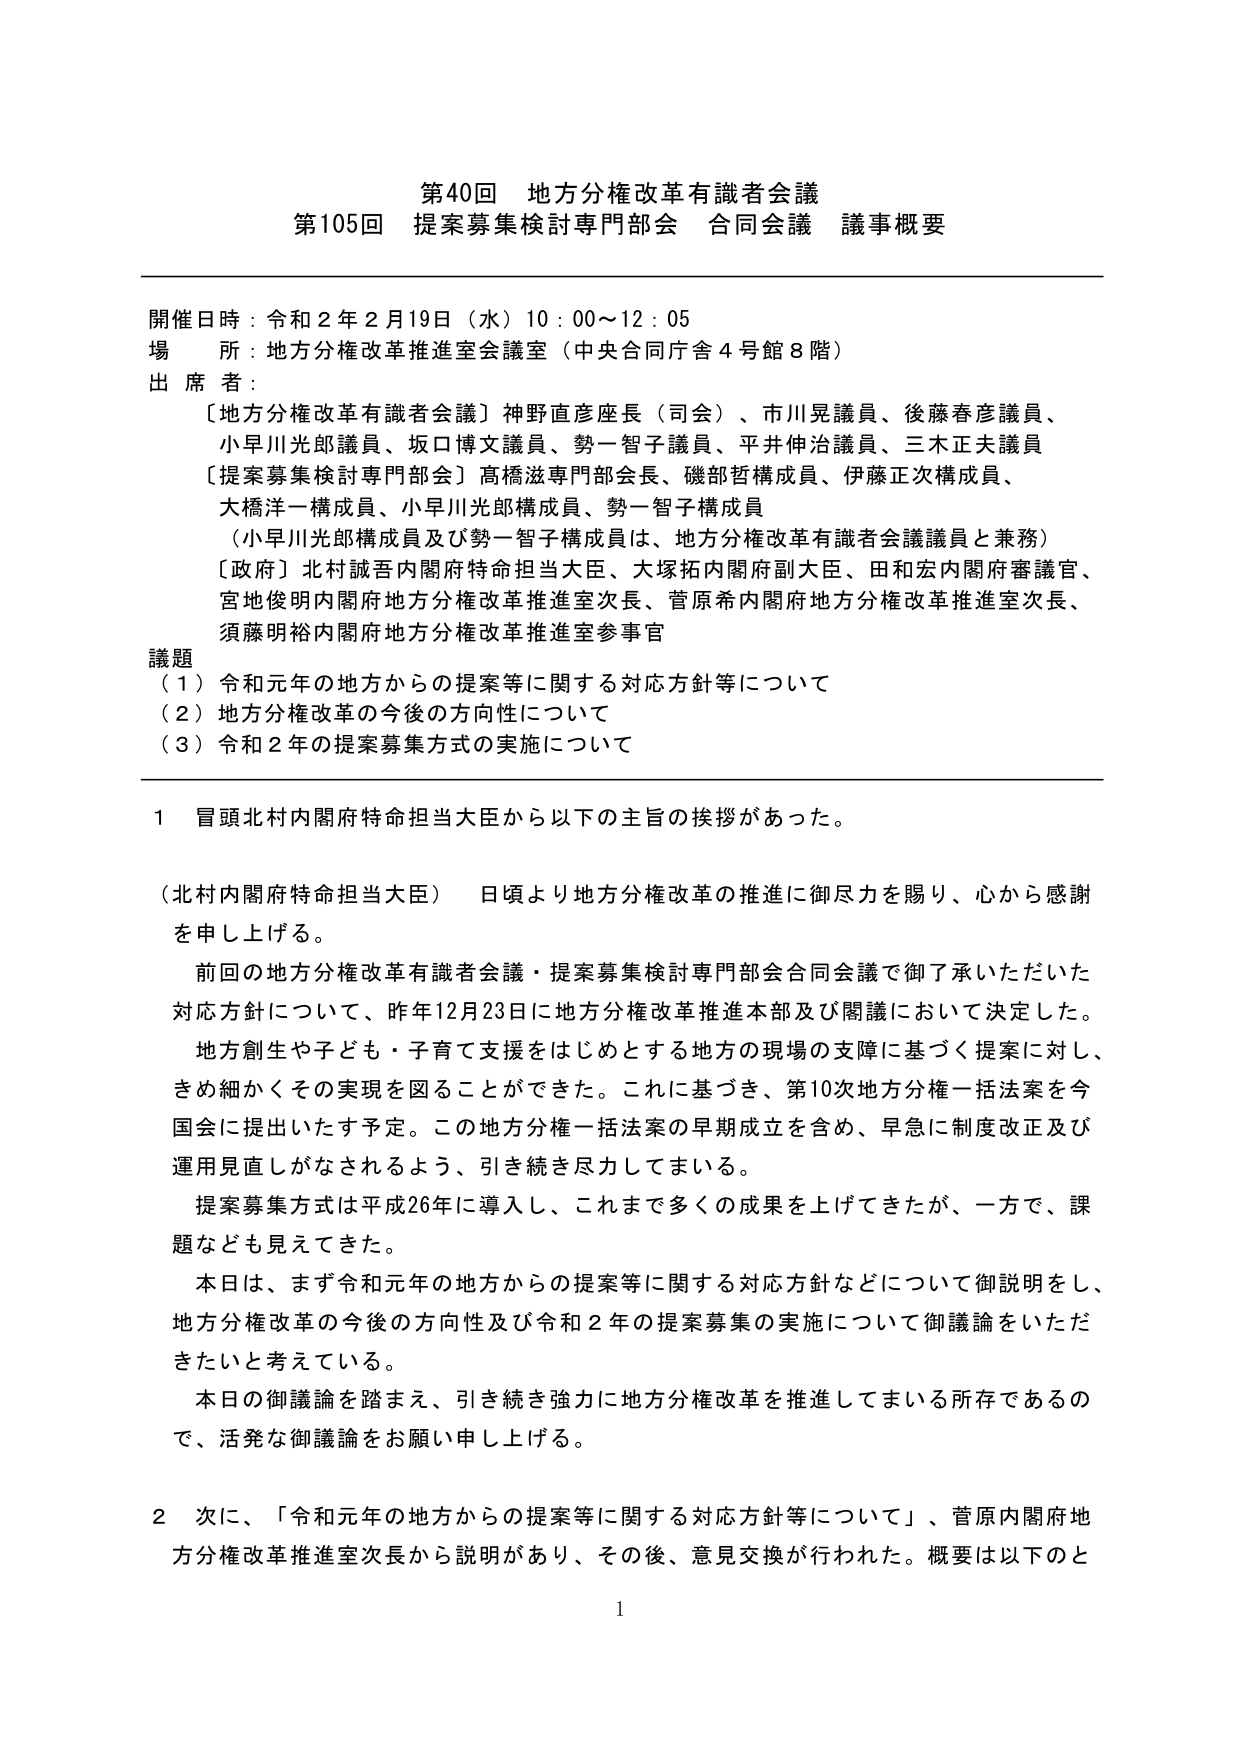
第40回 地方分権改革有識者会議
第105回 提案募集検討専門部会 合同会議 議事概要

開催日時：令和２年２月19日（水）10：00～12：05
場 所：地方分権改革推進室会議室（中央合同庁舎４号館８階）
出 席 者：
〔地方分権改革有識者会議〕神野直彦座長（司会）、市川晃議員、後藤春彦議員、
小早川光郎議員、坂口博文議員、勢一智子議員、平井伸治議員、三木正夫議員
〔提案募集検討専門部会〕高橋滋専門部会長、磯部哲構成員、伊藤正次構成員、
大橋洋一構成員、小早川光郎構成員、勢一智子構成員
（小早川光郎構成員及び勢一智子構成員は、地方分権改革有識者会議議員と兼務）
〔政府〕北村誠吾内閣府特命担当大臣、大塚拓内閣府副大臣、田和宏内閣府審議官、
宮地俊明内閣府地方分権改革推進室次長、菅原希内閣府地方分権改革推進室次長、
須藤明裕内閣府地方分権改革推進室参事官

議題
（１）令和元年の地方からの提案等に関する対応方針等について
（２）地方分権改革の今後の方向性について
（３）令和２年の提案募集方式の実施について

１ 冒頭北村内閣府特命担当大臣から以下の主旨の挨拶があった。

（北村内閣府特命担当大臣） 日頃より地方分権改革の推進に御尽力を賜り、心から感謝を申し上げる。
前回の地方分権改革有識者会議・提案募集検討専門部会合同会議で御了承いただいた対応方針について、昨年12月23日に地方分権改革推進本部及び閣議において決定した。
地方創生や子ども・子育て支援をはじめとする地方の現場の支障に基づく提案に対し、きめ細かくその実現を図ることができた。これに基づき、第10次地方分権一括法案を今国会に提出いたします予定。この地方分権一括法案の早期成立を含め、早急に制度改正及び運用見直しがなされるよう、引き続き尽力してまいる。
提案募集方式は平成26年に導入し、これまで多くの成果を上げてきたが、一方で、課題なども見えてきた。
本日は、まず令和元年の地方からの提案等に関する対応方針などについて御説明をし、地方分権改革の今後の方向性及び令和２年の提案募集の実施について御議論をいただきたいと考えている。
本日の御議論を踏まえ、引き続き強力に地方分権改革を推進してまいる所存であるので、活発な御議論をお願い申し上げる。

２ 次に、「令和元年の地方からの提案等に関する対応方針等について」、菅原内閣府地方分権改革推進室次長から説明があり、その後、意見交換が行われた。概要は以下のと

1